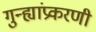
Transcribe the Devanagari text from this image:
गुन्ह्यांप्रकरणी